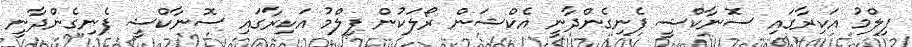
ފިލްމު އަކިރާގައި ސޮނާކްޝީ ފެނިގެންދާނީ އެކްޝަން ރޯލަކުން ފިލްމު އަކިރާގައި ސޮނާކްޝީ ފެނިގެންދާނީ